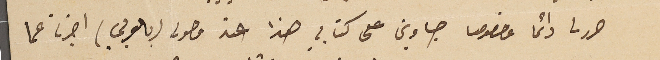
حرر لى دائما وخصوصا جاوبني على كتابي هذا عند وصولى (بالعربي) اخبرنا عما